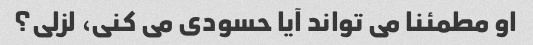
او مطمئنا می تواند آیا حسودی می کنی، لزلی؟